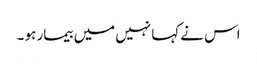
اس نے کہا نہیں میں بیمار ہو ۔